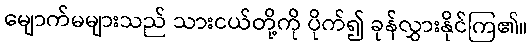
မျောက်မများသည် သားငယ်တို့ကို ပိုက်၍ ခုန်လွှားနိုင်ကြ၏။